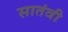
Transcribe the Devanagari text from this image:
सातंवी